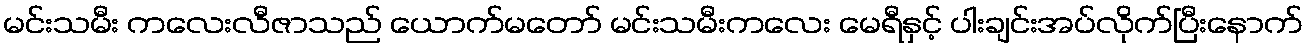
မင်းသမီး ကလေးလီဇာသည် ယောက်မတော် မင်းသမီးကလေး မေရီနှင့် ပါးချင်းအပ်လိုက်ပြီးနောက်